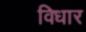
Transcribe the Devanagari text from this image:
विधार